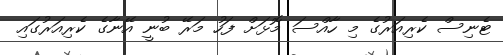
ޓެނިސް ކެރިއަރުގެ މި ހާއްސަ މޮޅަށް ފަހު މަރޭ ބުނީ އޭނާގެ ކެރިއަރުގައި